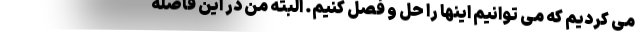
می کردیم که می توانیم اینها را حل و فصل کنیم. البته من در این فاصله